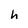
Character: h